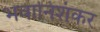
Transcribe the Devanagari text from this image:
भवानिशंकर